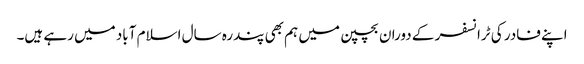
اپنے فادر کی ٹرانسفر کے دوران بچپن میں ہم بھی پندرہ سال اسلام آباد میں رہے ہیں۔